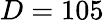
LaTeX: D=105